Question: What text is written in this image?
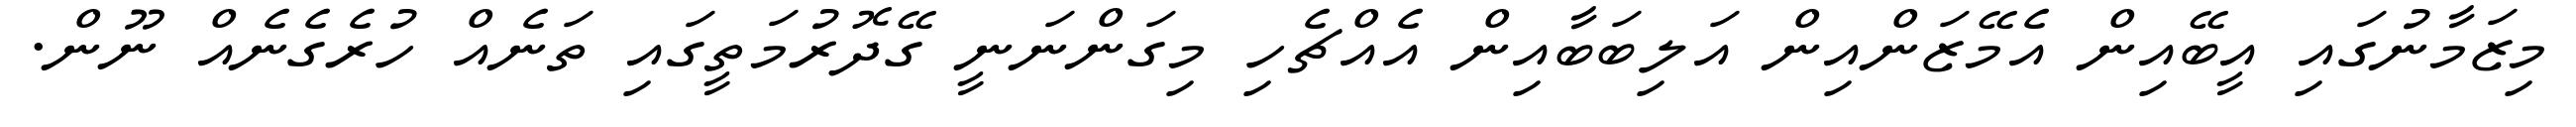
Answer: މިޒަމާނުގައި އީބޭއިން އެމޭޒަންއިން އަލިބަބާއިން އެއްޗެހި މިގަންނަނީ ގޭދޮރުމަތީގައި ތަނެއް ހުރެގެނެއް ނޫން.